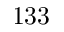
1 3 3